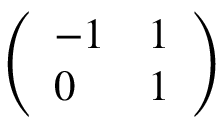
\left( \begin{array} { l l } { - 1 } & { 1 } \\ { 0 } & { 1 } \end{array} \right)